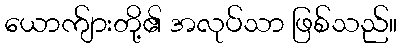
ယောက်ျားတို့၏ အလုပ်သာ ဖြစ်သည်။